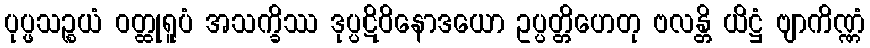
ပုပ္ဖသဉ္စယံ ဝတ္ထုရူပံ အသက္ခိဿ ဒုပ္ပဋိဝိနောဒယော ဥပ္ပတ္တိဟေတု ဗလန္တိ ယိဋ္ဌံ ဗျာကိဏ္ဏံ